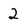
Character: 2